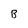
Character: B